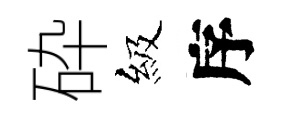
砕級序